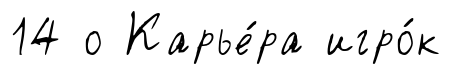
14 о Карье́ра игро́к